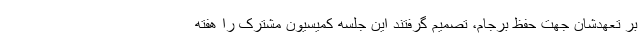
بر تعهدشان جهت حفظ برجام، تصمیم گرفتند این جلسه کمیسیون مشترک را هفته